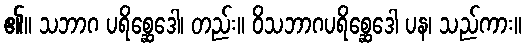
၏။ သဘာဂ ပရိစ္ဆေဒေါ၊ တည်း။ ဝိသဘာဂပရိစ္ဆေဒေါ ပန၊ သည်ကား။